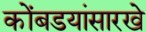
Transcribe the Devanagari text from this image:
कोंबडयांसारखे